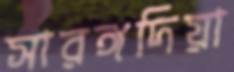
সারঙ্গদিয়া